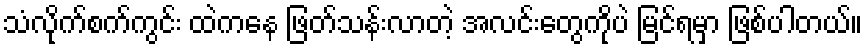
သံလိုက်စက်ကွင်း ထဲကနေ ဖြတ်သန်းလာတဲ့ အလင်းတွေကိုပဲ မြင်ရမှာ ဖြစ်ပါတယ်။